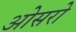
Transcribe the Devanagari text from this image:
ओसरो